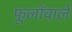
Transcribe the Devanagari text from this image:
फूलोंवाले